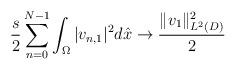
LaTeX: \begin{align*}\frac{s}{2}\sum_{n=0}^{N-1}\int_{\Omega}|v_{n,1}|^2 d\hat x \rightarrow \frac{\lVert v_1 \rVert_{L^2(D)}^2}{2}\end{align*}